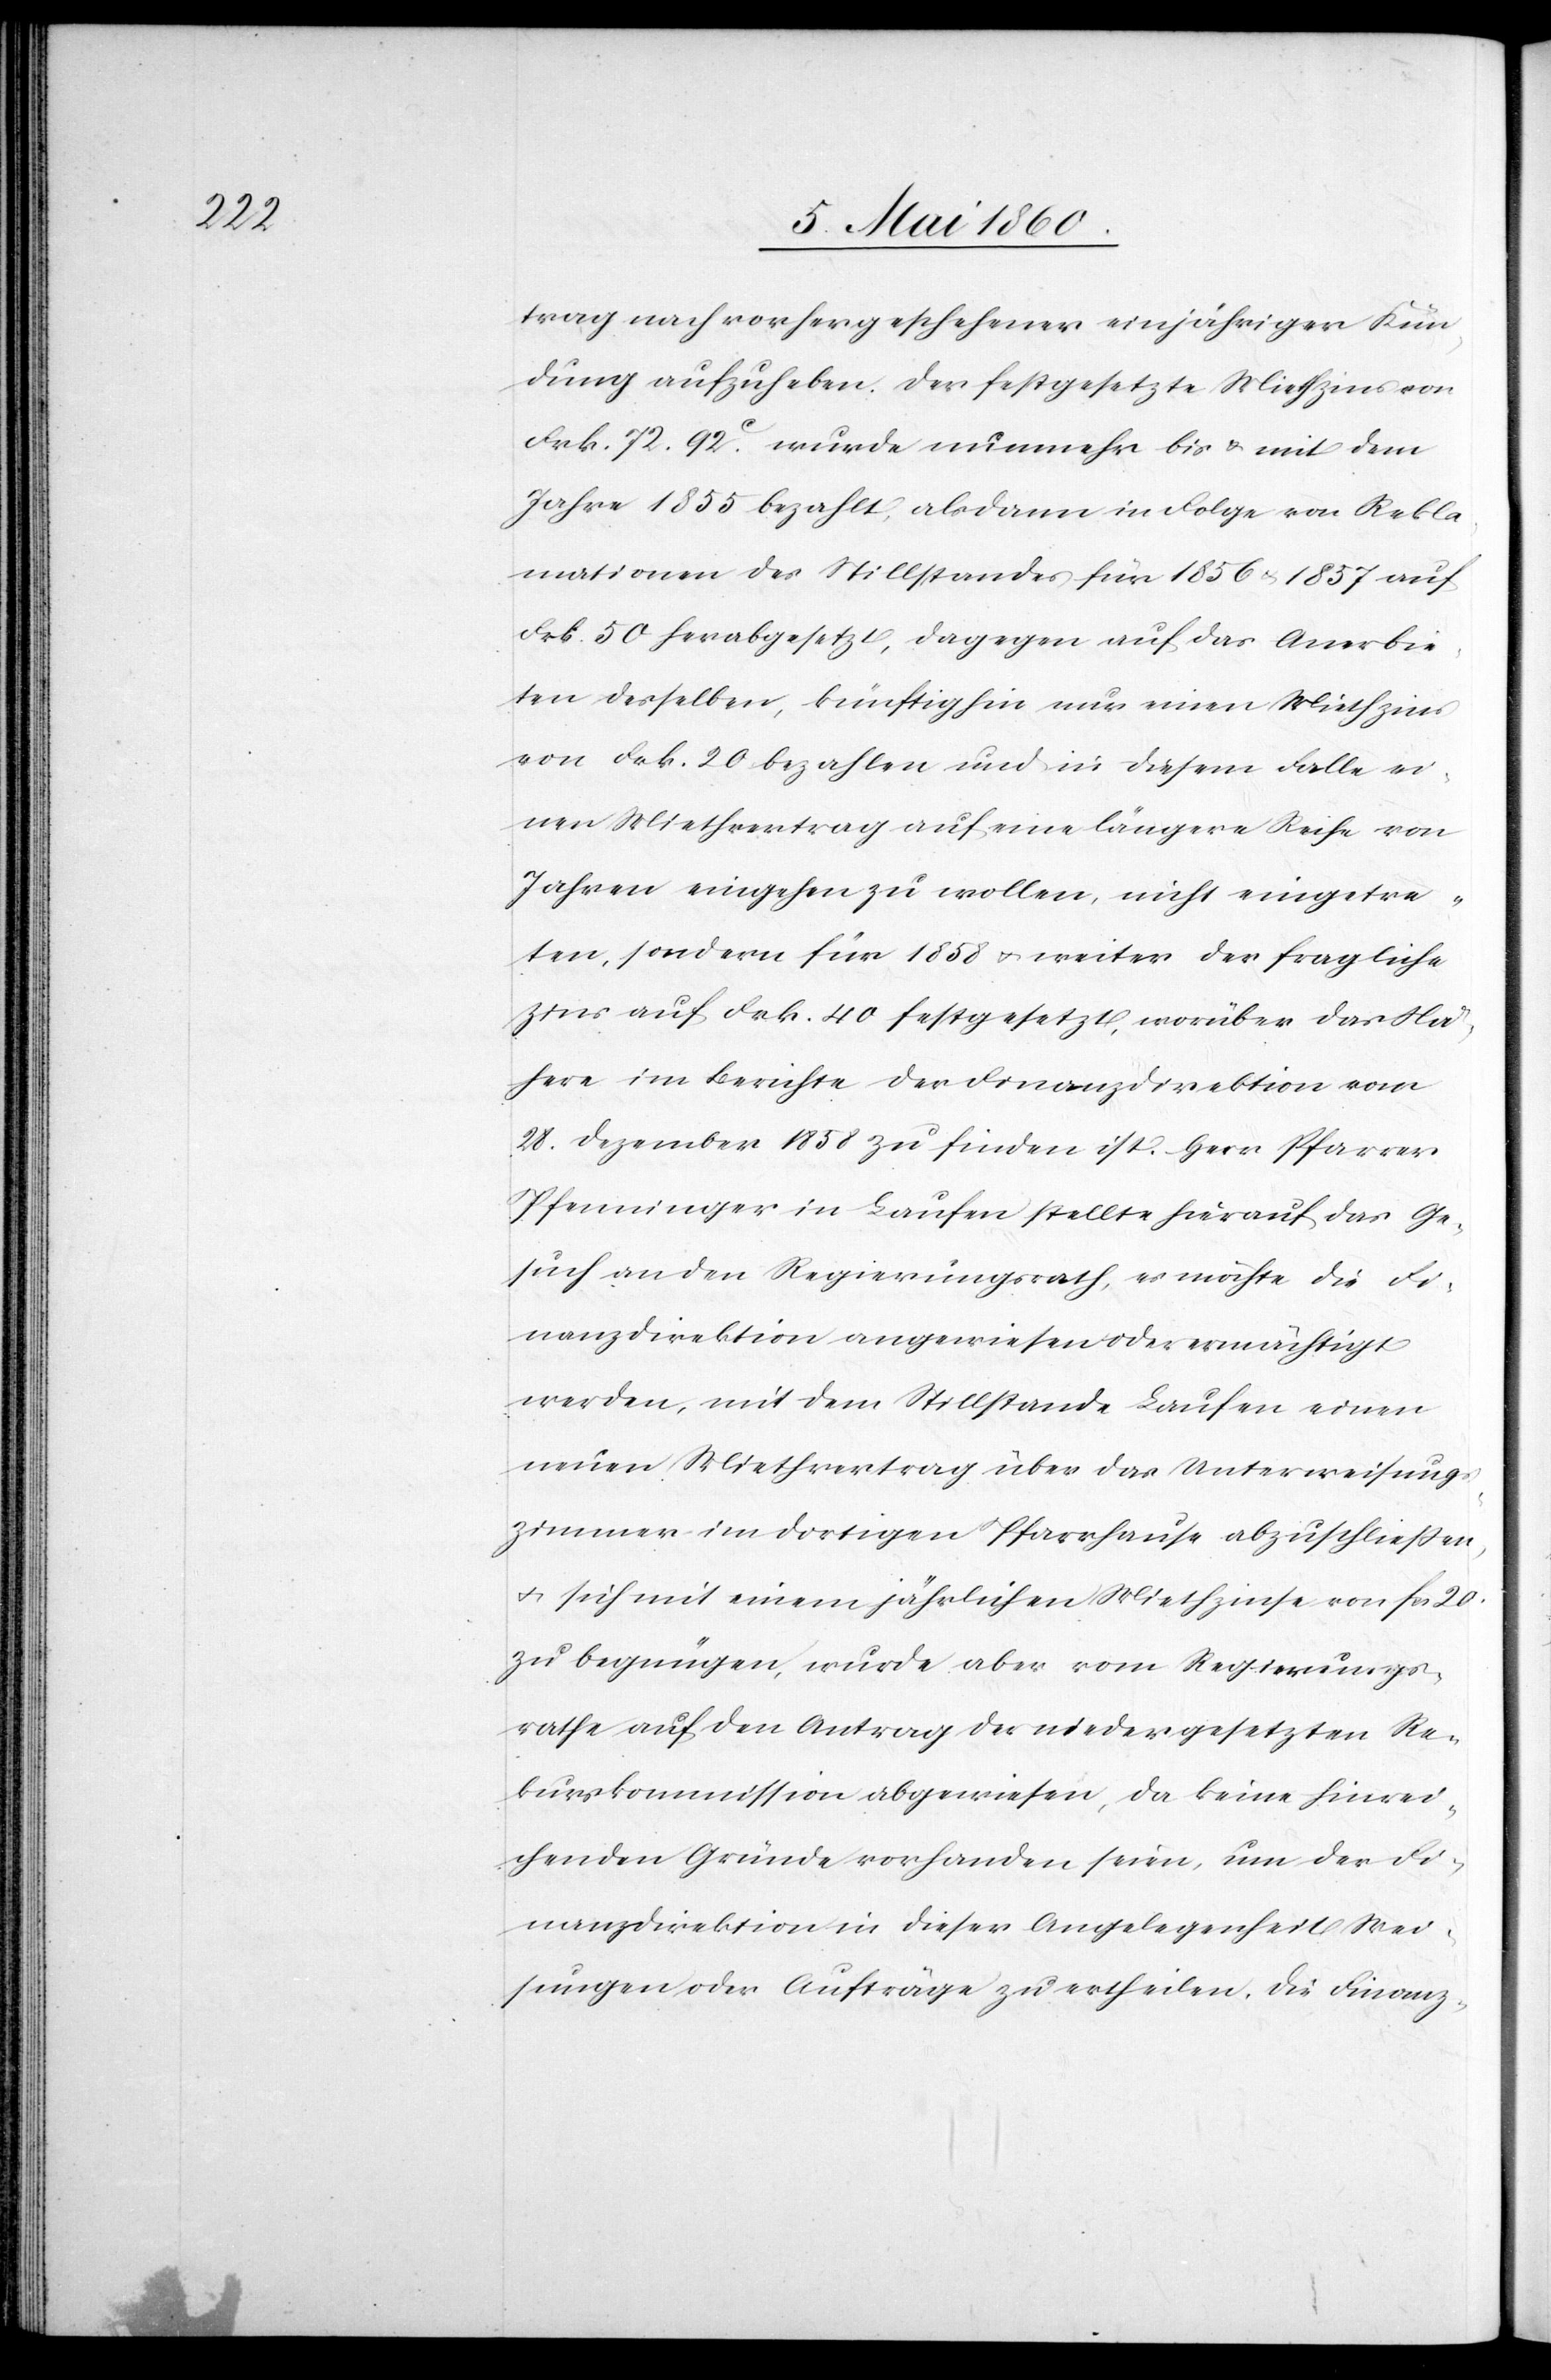
trag nach vorher geschehener einjähriger Kün¬
digung aufzuheben. Der festgesetzte Miethzins von
Frk. 72 92C wurde nunmehr bis u. mit dem
Jahre 1855 bezahlt, alsdann in Folge von Rekla¬
mationen des Stillstandes für 1856 u. 1857 auf
Frk. 50 herabgesetzt, dagegen auf das Anerbie¬
ten desselben, künftighin nur einen Miethzins
von Frk. 20 bezahlen und in diesem Falle ei¬
nen Miethvertrag auf eine längere Reihe von
Jahren eingehen zu wollen, nicht eingetre¬
ten, sondern für 1858 u. weiter der fragliche
Zins auf Frk. 40 festgesetzt, worüber das Nä¬
here im Berichte der Finanzdirektion vom
28. Dezember 1858 zu finden ist. Herr Pfarrer
Pfenninger in Laufen stellte hierauf das Ge¬
such an den Regierungsrath, es möchte die Fi¬
nanzdirektion angewiesen oder ermächtigt
werden, mit dem Stillstande Laufen einen
neuen Miethvertrag über das Unterweisungs¬
zimmer im dortigen Pfarrhause abzuschliessen,
u. sich mit einem jährlichen Miethzinse von fcs. 20
zu begnügen, wurde aber vom Regierungs¬
rathe auf den Antrag der niedergesetzten Re¬
kurskommission abgewiesen, da keine hinrei¬
chenden Gründe vorhanden seien, um der Fi¬
nanzdirektion in dieser Angelegenheit Wei¬
sungen oder Aufträge zu ertheilen. Die Finanz-